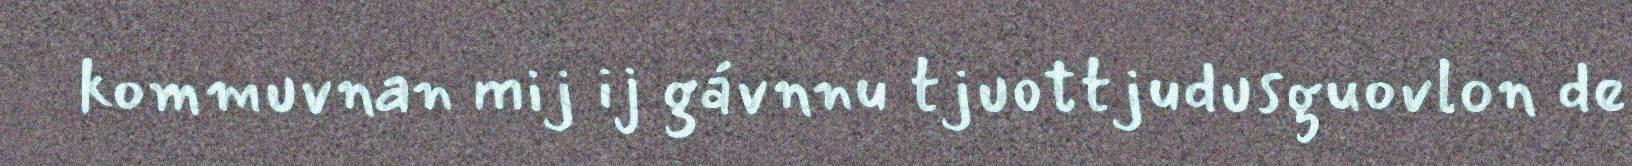
kommuvnan mij ij gávnnu tjuottjudusguovlon de